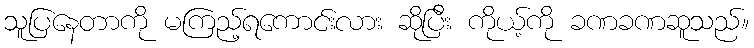
သူပြနေတာကို မကြည့်ရကောင်းလား ဆိုပြီး ကိုယ့်ကို ခဏခဏဆူသည်။